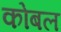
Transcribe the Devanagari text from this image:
कोबल